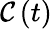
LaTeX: \mathcal{C}\left(t\right)